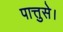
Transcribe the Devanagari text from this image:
पात्तुसे।